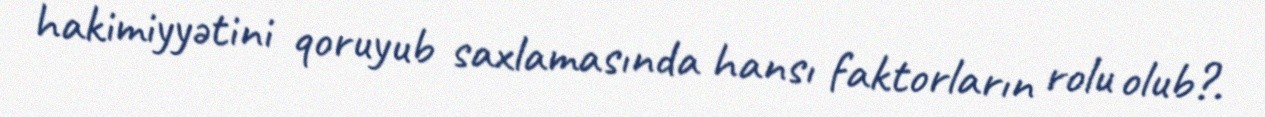
hakimiyyətini qoruyub saxlamasında hansı faktorların rolu olub?.